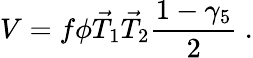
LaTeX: V=f\phi\vec{T}_{1}\vec{T}_{2}\frac{1-\gamma_{5}}{2}~.